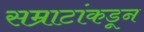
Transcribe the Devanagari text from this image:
सम्राटांकडून